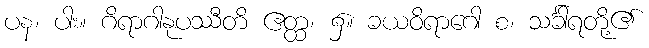
ပန၊ ပါး။ ဂိရာဂါနုပဿီတိ ဧတ္ထ၊ ၌။ ခယဝိရာဂေါ စ၊ သင်္ခါရတို့၏